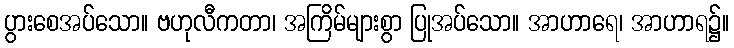
ပွားစေအပ်သော။ ဗဟုလီကတာ၊ အကြိမ်များစွာ ပြုအပ်သော။ အာဟာရေ၊ အာဟာရ၌။